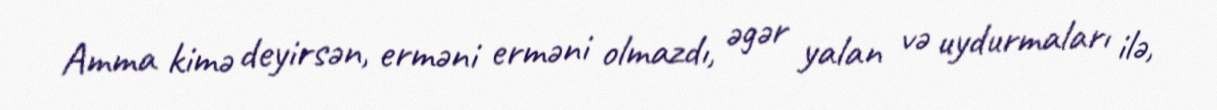
Amma kimə deyirsən, erməni erməni olmazdı, əgər yalan və uydurmaları ilə,